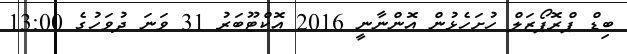
ބިޑް ޕްރޮޕޯޒަލް ހުށަހެޅުން އޮންނާނީ 2016 އޮކްޓޫބަރު 31 ވަނަ ދުވަހުގެ 13:00